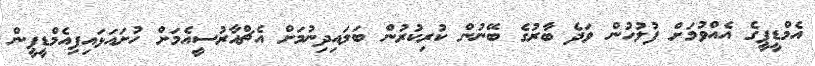
އެމްޑީޕީގެ އެއްވުމަށް ފުލުހުން ވަދެ ބާރުގެ ބޭނުން ކުރިކުރުން ބަލައިދިނުމަށް އެޗްއާރުސީއެމަށް ހުށައަޅައިފިއެމްޑީޕީން